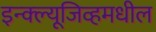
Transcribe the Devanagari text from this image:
इन्क्ल्यूजिव्हमधील